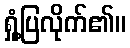
ရှုံ့ပြလိုက်၏။